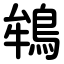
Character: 鴾